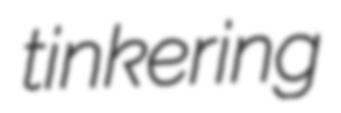
tinkering